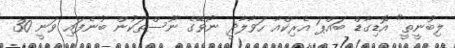
ލިބުނީތީ" އޮޑިގާޑް ބައްޕަ އެރިކްއާ ހަވާލާދީ ނޯވޭގެ ނޫސްތަކުން ބުނެފައި ވަނީ 30